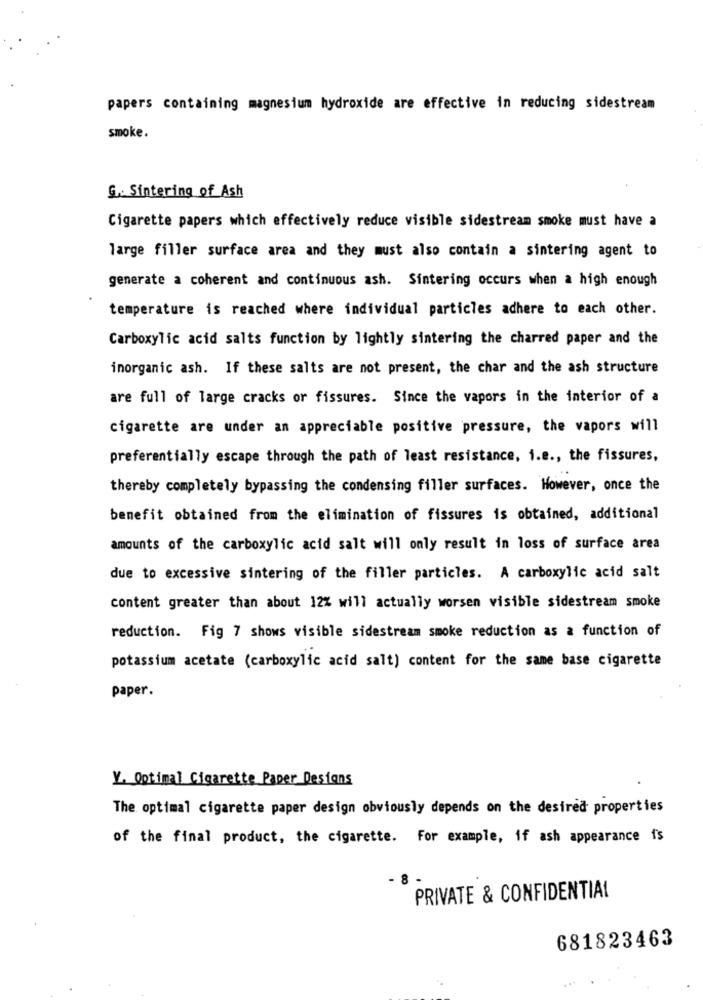
papers containing magnesium hydroxide are effective in reducing sidestream
smoke.
G .: Sintering of Ash
Cigarette papers which effectively reduce visible sidestream smoke must have a
large filler surface area and they must also contain a sintering agent to
generate a coherent and continuous ash. Sintering occurs when a high enough
temperature is reached where individual particles adhere to each other.
Carboxylic acid salts function by lightly sintering the charred paper and the
inorganic ash. If these salts are not present, the char and the ash structure
are full of large cracks or fissures. Since the vapors in the interior of a
cigarette are under an appreciable positive pressure, the vapors will
preferentially escape through the path of least resistance, i.e ., the fissures,
thereby completely bypassing the condensing filler surfaces. However, once the
benefit obtained from the elimination of fissures is obtained, additional
amounts of the carboxylic acid salt will only result in loss of surface area
due to excessive sintering of the filler particles. A carboxylic acid salt
content greater than about 12% will actually worsen visible sidestream smoke
reduction. Fig 7 shows visible sidestream smoke reduction as a function of
potassium acetate (carboxylic acid salt) content for the same base cigarette
paper.
Y. Optimal Cigarette Paper Designs
The optimal cigarette paper design obviously depends on the desired properties
of the final product, the cigarette. For example, if ash appearance f's
8
PRIVATE & CONFIDENTIAL
681823463